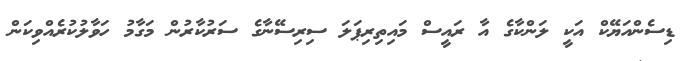
ޑިސެންއަޔޭކް އަކީ ލަންކާގެ އާ ރައީސް މައިތިރިޕަލަ ސިރިސޭނާގެ ސަރުކާރުން މަގާމު ހަވާލުކުރެއްވިކަން